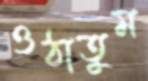
ওঠাতুম